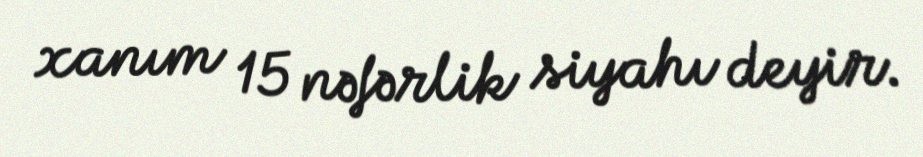
xanım 15 nəfərlik siyahı deyir.